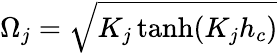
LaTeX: \Omega_{j}=\sqrt{K_{j}\operatorname{tanh}(K_{j}h_{c})}